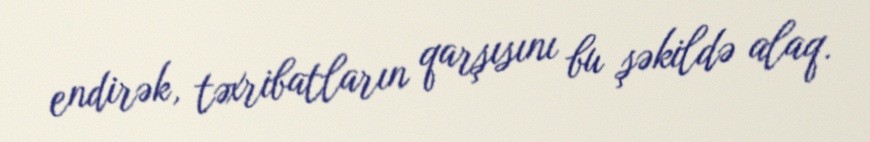
endirək, təxribatların qarşısını bu şəkildə alaq.